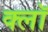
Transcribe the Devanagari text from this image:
क्लॉ